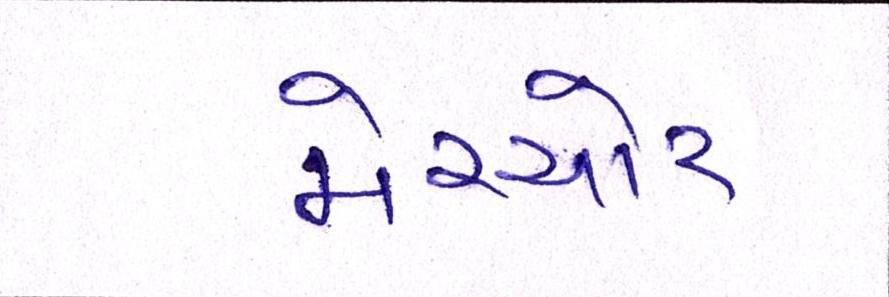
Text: મેચ્યોર